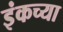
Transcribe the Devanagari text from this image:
इंकच्या